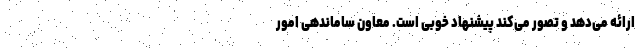
ارائه می‌دهد و تصور می‌کند پیشنهاد خوبی است. معاون ساماندهی امور